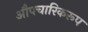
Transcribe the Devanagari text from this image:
औपचारिकरूप